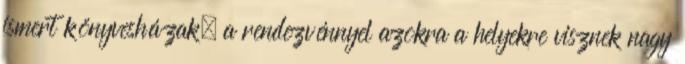
ismert könyvesházak, a rendezvénnyel azokra a helyekre visznek nagy